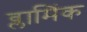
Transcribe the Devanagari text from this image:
व्लामिंक